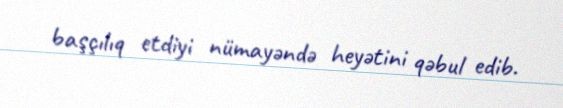
başçılıq etdiyi nümayəndə heyətini qəbul edib.